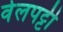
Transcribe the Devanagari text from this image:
वेलपट्टी